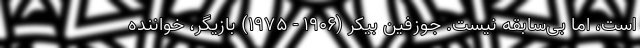
است، اما بی‌سابقه نیست. جوزفین بیکر (۱۹۰۶ - ۱۹۷۵) بازیگر، خواننده